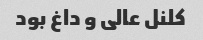
کلنل عالی و داغ بود